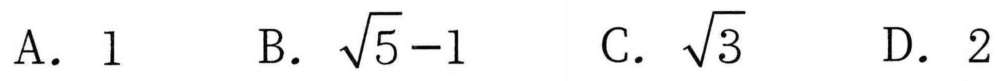
A. \(1\)  \hspace{1em} B. \(\sqrt{5}-1\)  \hspace{1em} C. \(\sqrt{3}\)  \hspace{1em} D. \(2\)